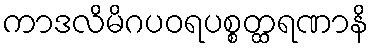
ကာဒလိမိဂပဝရပစ္စတ္ထရဏာနိ